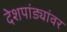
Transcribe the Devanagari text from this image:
देशपांड्यांवर